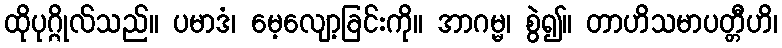
ထိုပုဂ္ဂိုလ်သည်။ ပမာဒံ၊ မေ့လျော့ခြင်းကို။ အာဂမ္မ၊ စွဲ၍။ တာဟိသမာပတ္တီဟိ၊